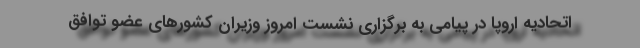
اتحادیه اروپا در پیامی به برگزاری نشست امروز وزیران کشورهای عضو توافق